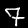
Label: 7